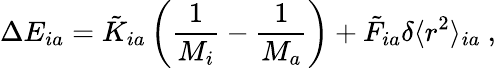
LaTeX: \Delta E_{ia}=\tilde{K}_{ia}\left(\frac{1}{M_{i}}-\frac{1}{M_{a}}\right)+\tilde{F}_{ia}\delta\langle r^{2}\rangle_{ia}\ ,